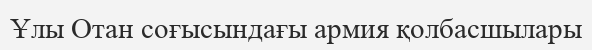
Ұлы Отан соғысындағы армия қолбасшылары